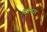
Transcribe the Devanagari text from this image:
निरावेशण